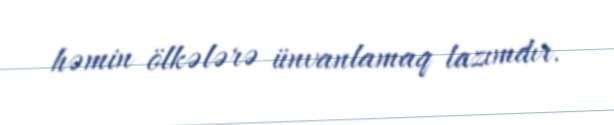
həmin ölkələrə ünvanlamaq lazımdır.